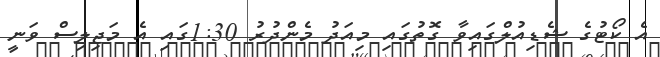
އެ ކޯޓުގެ ޝެޑިއުލްގައިވާ ގޮތުގައި މިއަދު މެންދުރު 1:30ގައި އެ މަޖިލިސް ވަނީ